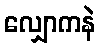
လျှောကနဲ